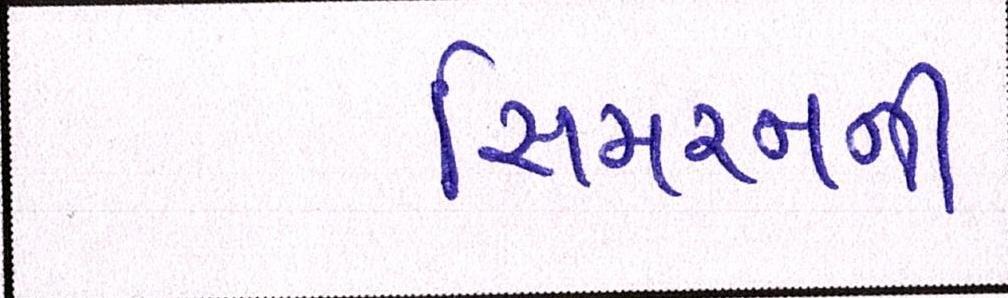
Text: સિમરનની